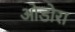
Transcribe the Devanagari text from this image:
ओडोरा